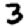
Digit: 3